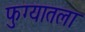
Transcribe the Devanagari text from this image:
फुग्यातला